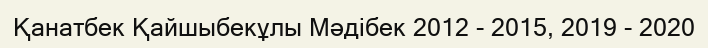
Қанатбек Қайшыбекұлы Мәдібек 2012 - 2015, 2019 - 2020